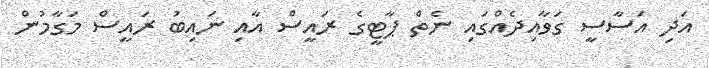
އަދި އަސާސީ ގަވާއިދެއްގައި ނެތް ޕާޓީގެ ރައީސް އާއި ނައިބު ރައީސް މަގާމުން